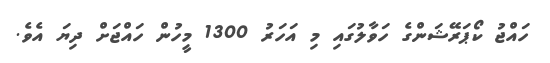
ހައްޖު ކޯޕަރޭޝަންގެ ހަވާލުގައި މި އަހަރު 1300 މީހުން ހައްޖަށް ދިޔަ އެވެ.